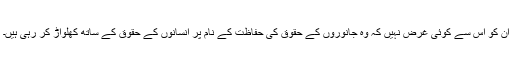
ان کو اس سے کوئی غرض نہیں کہ وہ جانوروں کے حقوق کی حفاظت کے نام پر انسانوں کے حقوق کے ساتھ کھلواڑ کر رہی ہیں۔